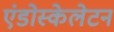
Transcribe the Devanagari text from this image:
एंडोस्केलेटन